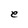
Character: e